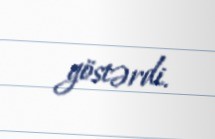
göstərdi.